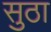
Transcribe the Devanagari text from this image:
सुठा